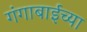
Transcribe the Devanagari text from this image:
गंगाबाईच्या